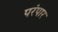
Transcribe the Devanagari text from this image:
परंपार